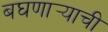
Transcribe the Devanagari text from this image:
बघणार्‍याची